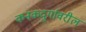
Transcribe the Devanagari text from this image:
कनकदुर्गावरील